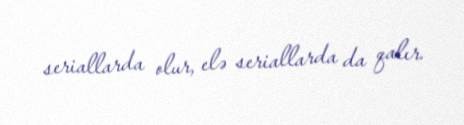
seriallarda olur, elə seriallarda da qalır.